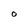
Character: O